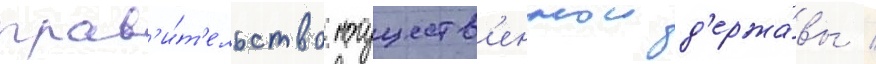
прав'и́т'ельство могуществ'еннои д'ержа́вы /